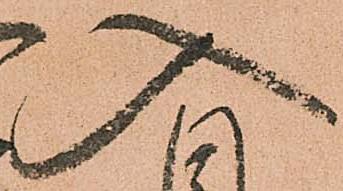
入